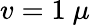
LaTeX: v=1\ \mu